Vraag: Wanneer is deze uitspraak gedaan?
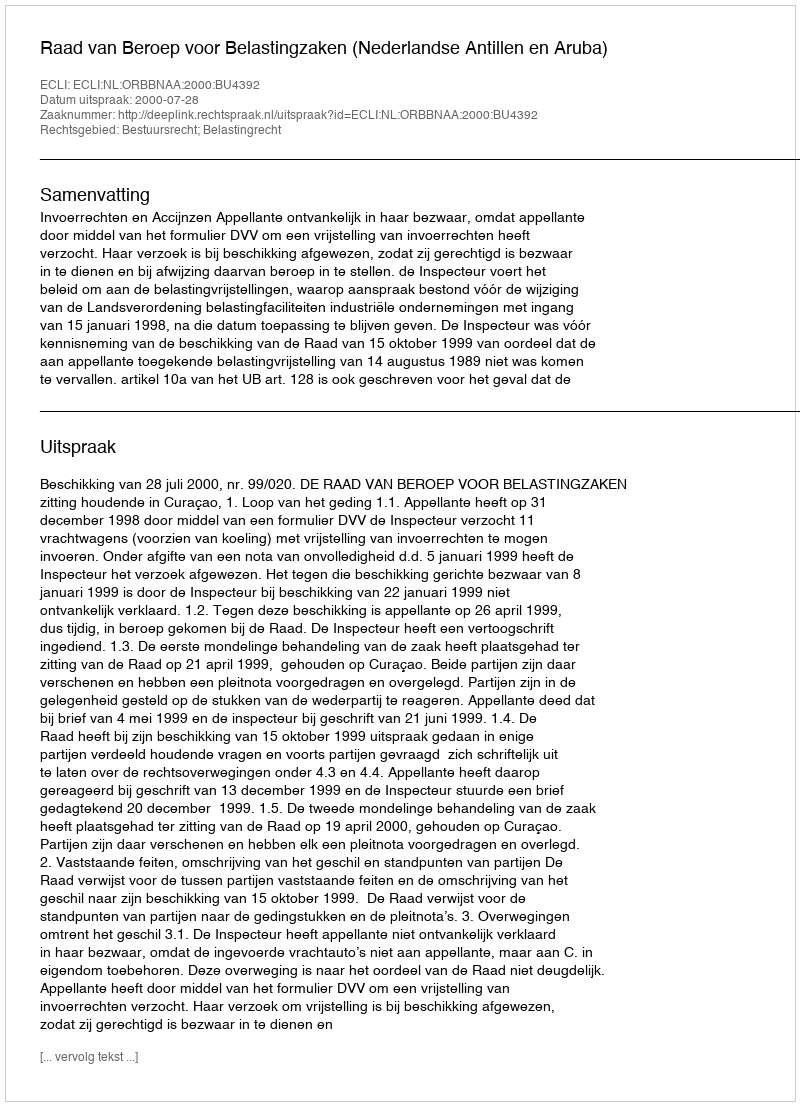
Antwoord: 2000-07-28